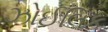
ઝોઈલિક